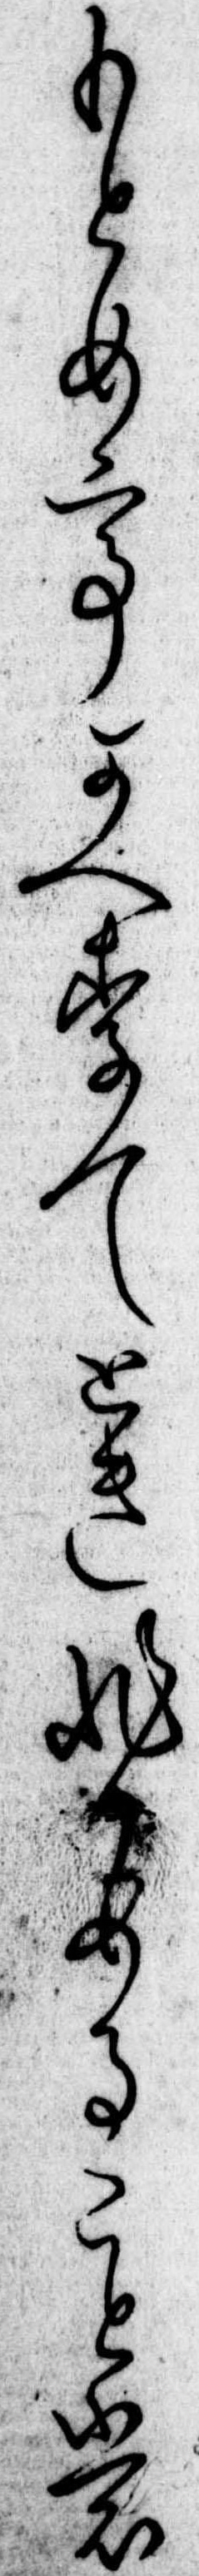
もとめてかへりてときひかめることも